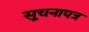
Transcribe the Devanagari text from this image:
सूचनापत्र